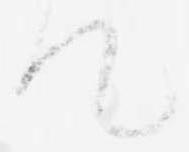
て